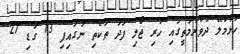
ހުޅުމާލޭ ދުވާރުމަތީގައި ހުރި ޖޯލި ފަދަ ތަކެތި ނަގައިފި 13 ގަޑި 27